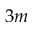
3 m